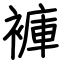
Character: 褲